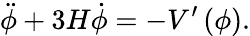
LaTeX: \ddot{\phi}+3H\dot{\phi}=-V^{\prime}\left(\phi\right).